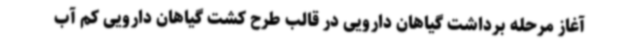
آغاز مرحله برداشت گیاهان دارویی در قالب طرح کشت گیاهان دارویی کم آب